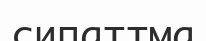
сипаттма